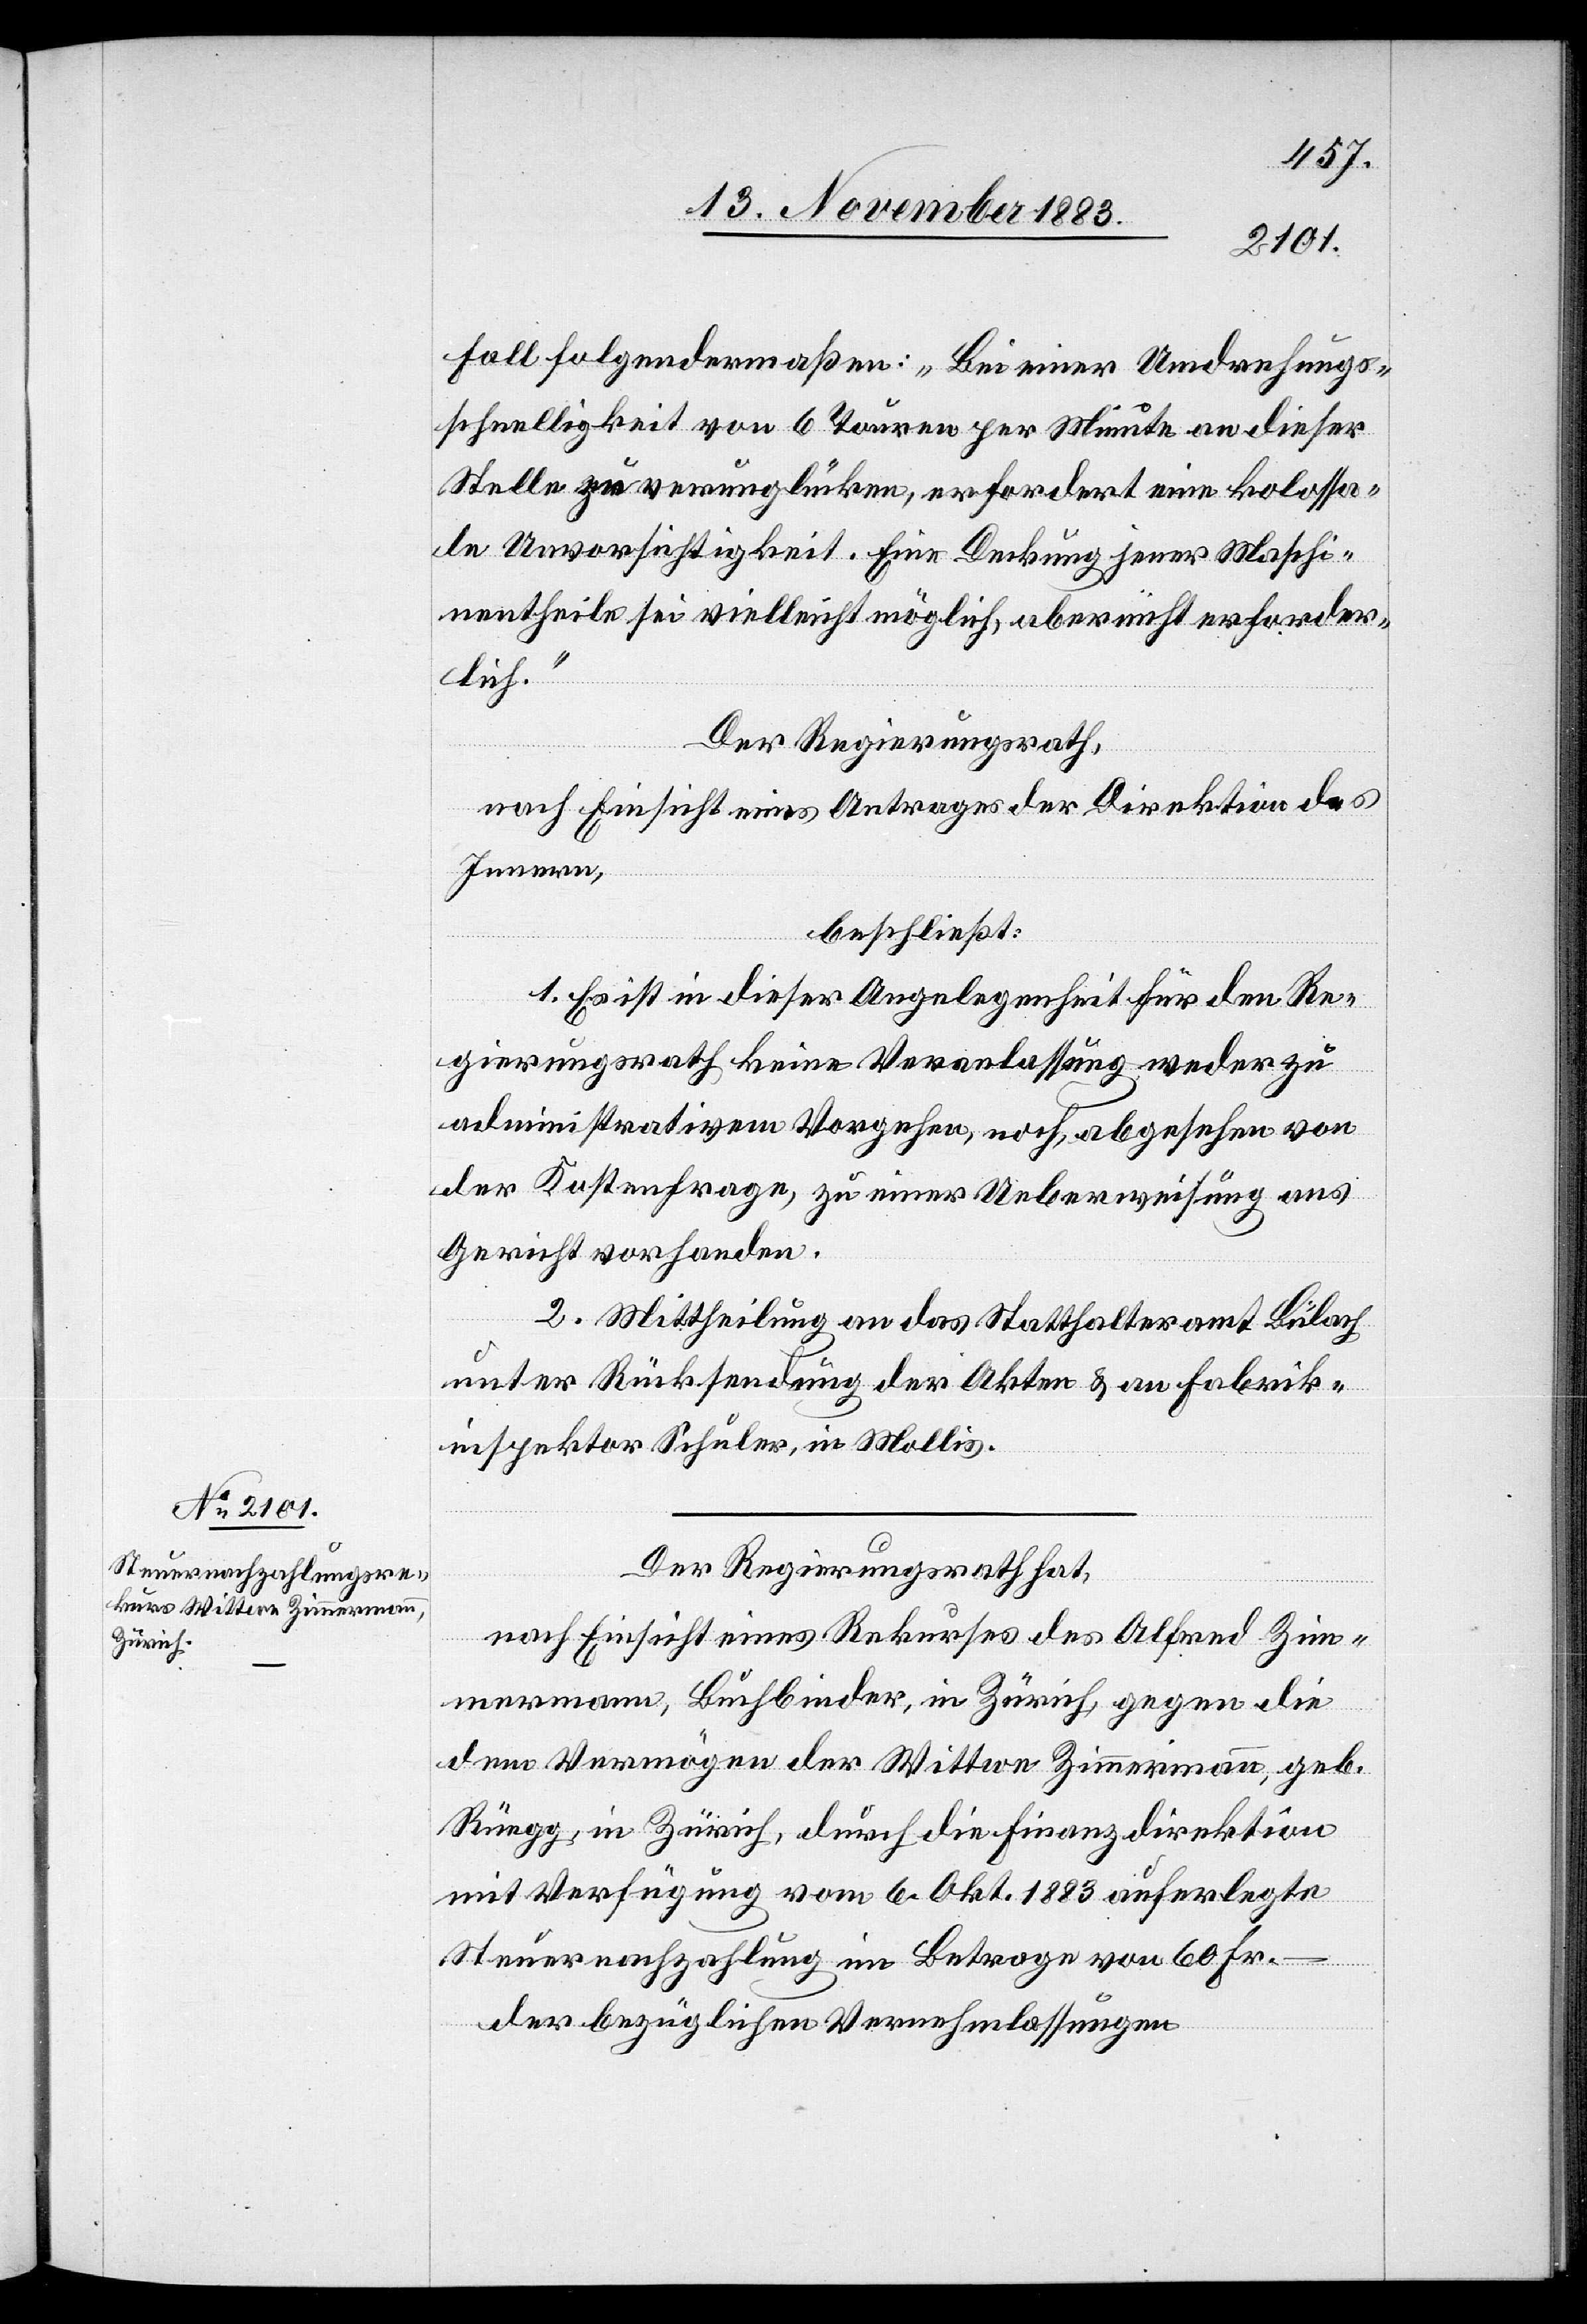
Fall folgendermaßen: „Bei einer Umdrehungs¬
schnelligkeit von 6 Touren per Minute an dieser
Stelle zu verunglücken, erfordert eine kolossa¬
le Unvorsichtigkeit. Eine Deckung jener Maschi¬
nentheile sei vielleicht möglich, aber nicht erforder¬
lich.“
Der Regierungsrath,
nach Einsicht eines Antrages der Direktion des
Innern,
beschließt:
1. Es ist in dieser Angelegenheit für den Re¬
gierungsrath keine Veranlassung weder zu
administrativem Vorgehen, noch, abgesehen von
der Kostenfrage, zu einer Ueberweisung ans
Gericht vorhanden.
2. Mittheilung an das Statthalteramt Bülach
unter Rücksendung der Akten & an Fabrik¬
inspektor Schuler, in Mollis.
Der Regierungsrath hat,
nach Einsicht eines Rekurses des Alfred Zim¬
mermann, Buchbinder in Zürich, gegen die
dem Bermögen der Wittwe Zimmermann, geb.
Rüegg, in Zürich, durch die Finanzdirektion
mit Verfügung vom 6. Okt. 1883 auferlegte
Steuernachzahlung im Betrage von 60. Fr.
der bezüglichen Vernehmlassungen.